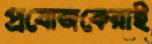
প্রযোজকেরাই